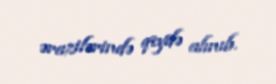
ərazilərində qeydə alınıb.